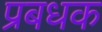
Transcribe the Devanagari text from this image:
प्रबधक